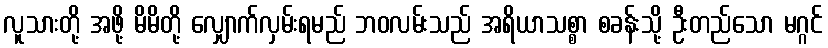
လူသားတို့ အဖို့ မိမိတို့ လျှောက်လှမ်းရမည် ဘဝလမ်းသည် အရိယာသစ္စာ စခန်းသို့ ဦးတည်သော မဂ္ဂင်